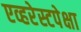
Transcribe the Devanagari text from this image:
एव्हरेस्टपेक्षा